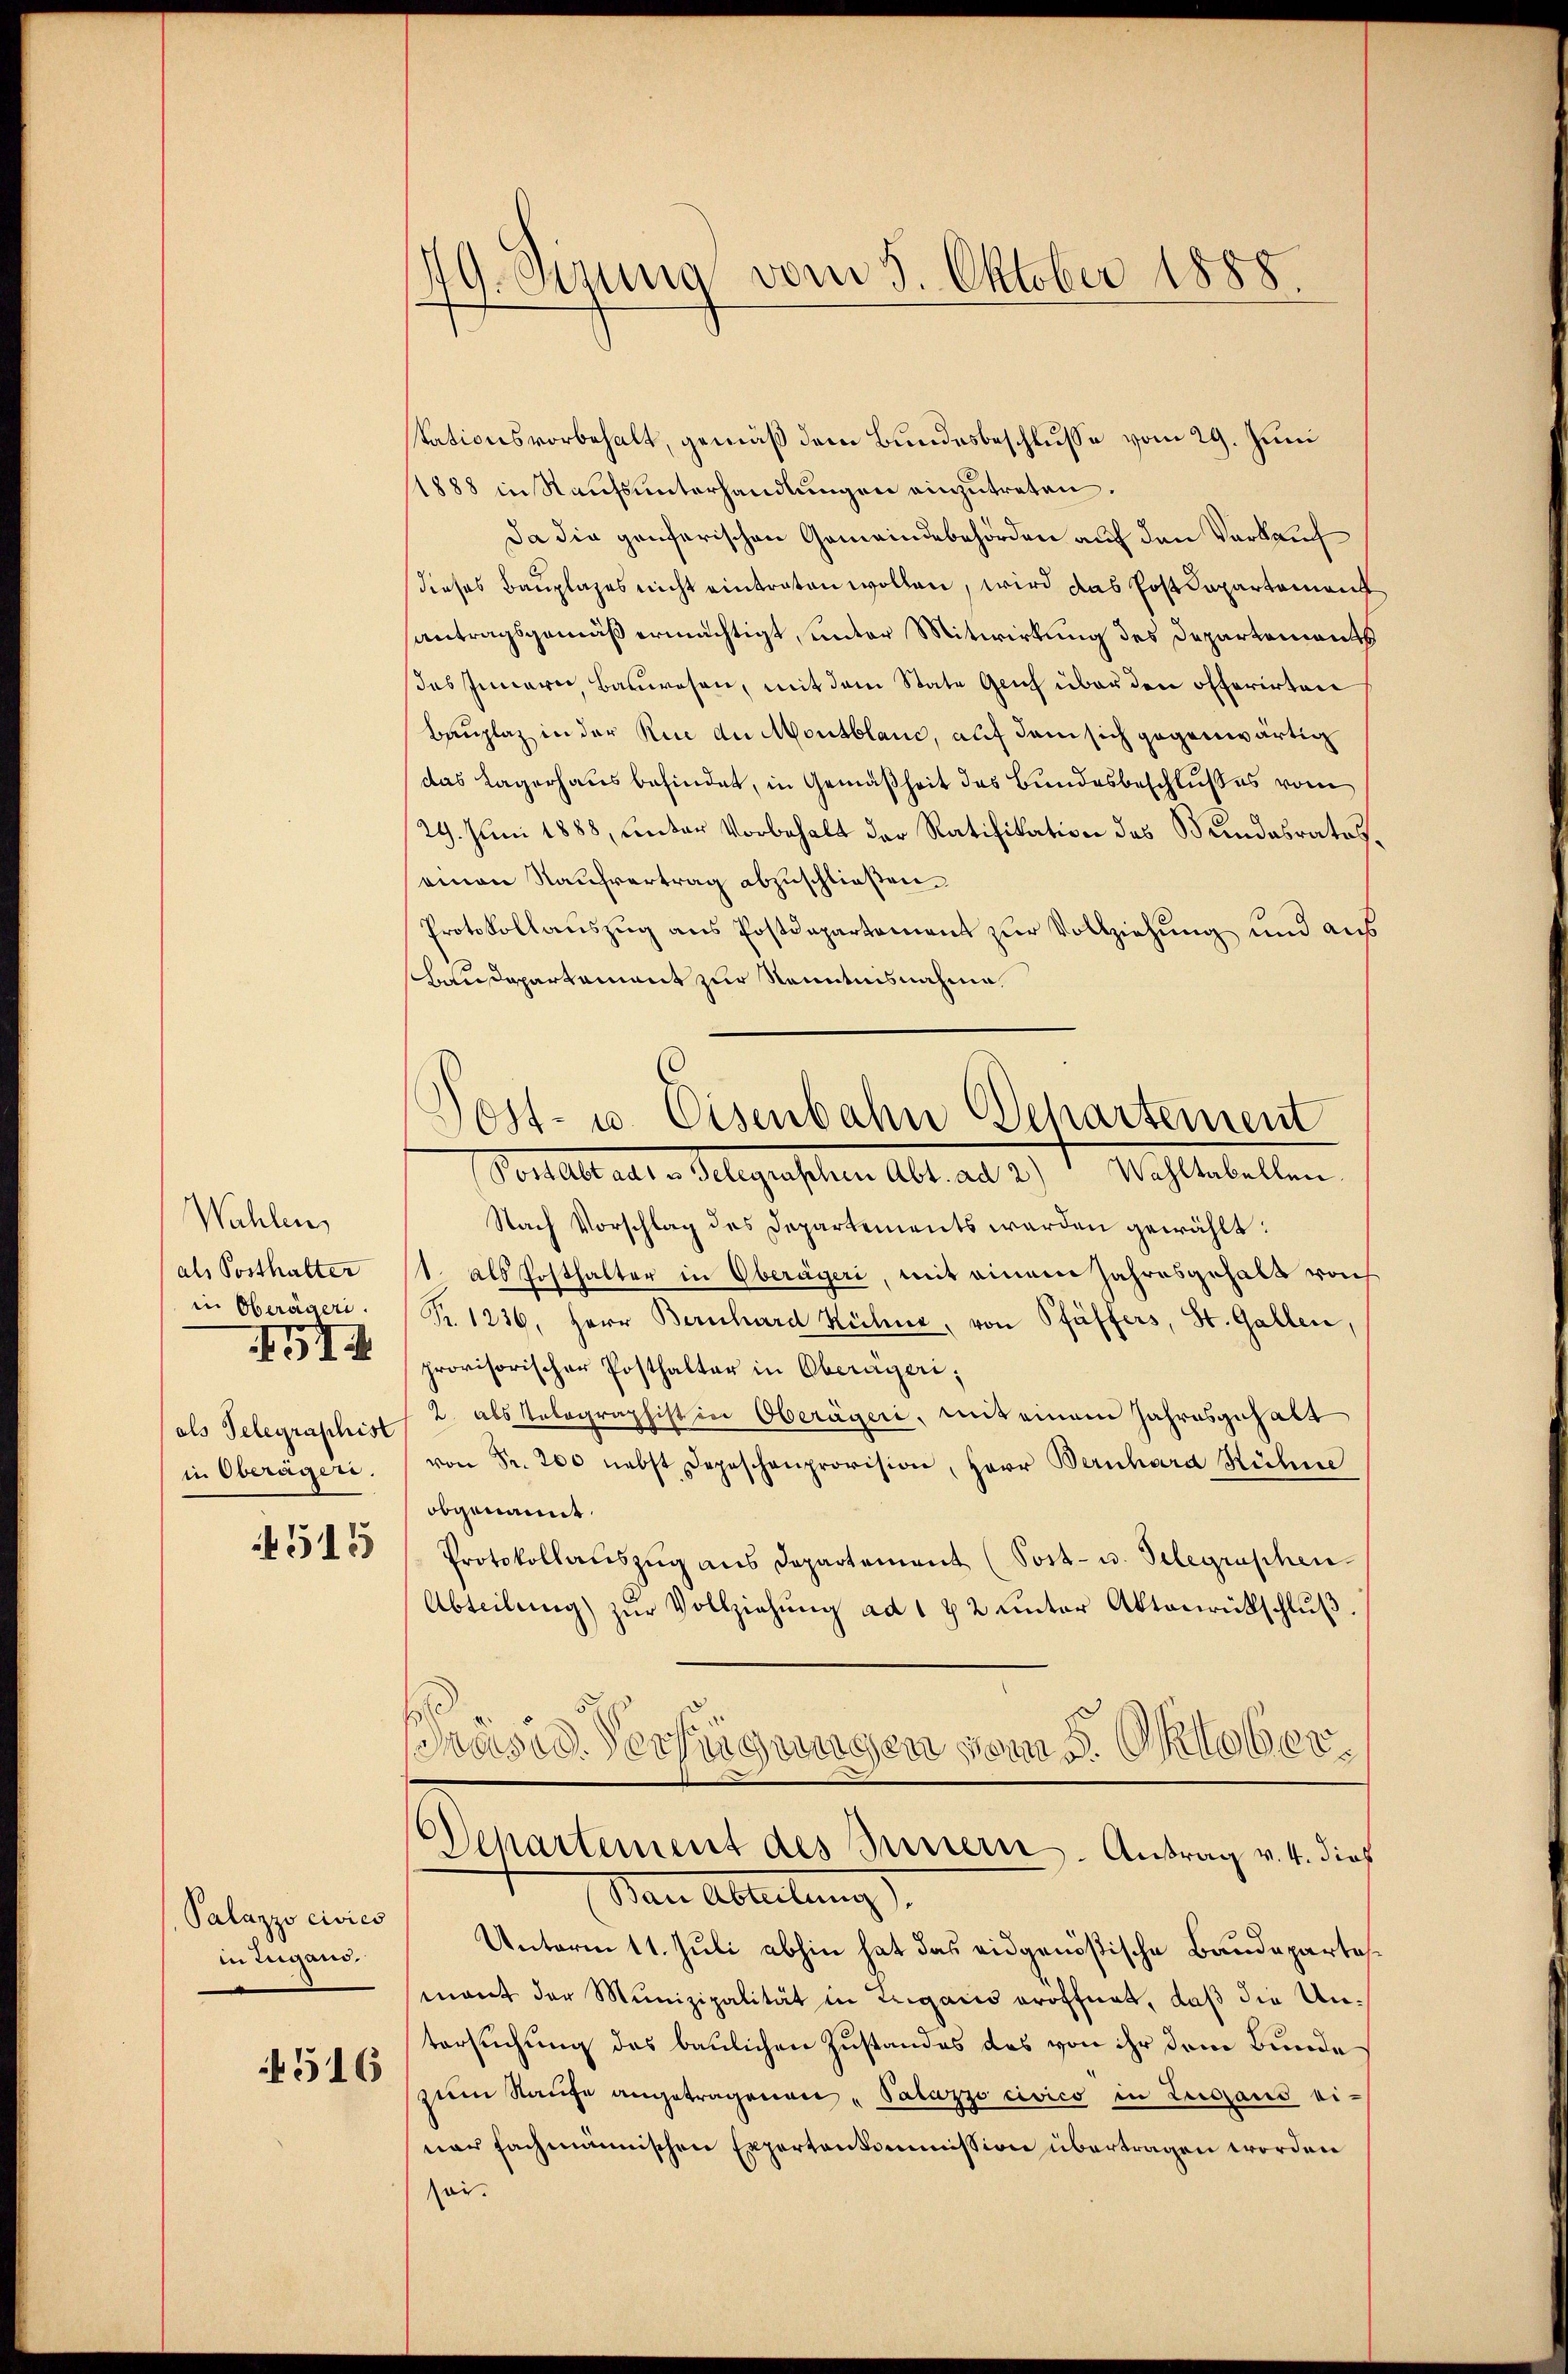
Wahlen,
als Posthalter
in Oberägeri.
als Telegraphist
in Oberagen.
4515

1

Palazzo civics
in Lugand.
4516

vom 5. Oktober 1888
49. Sizung

stationsvorbehalt, gemäß dem Bundesbeschlusse vom 29. Juni
11888 in Raufsunterhandlungen einzutreten.
Da die genfarischen Gemeindebehörden auf den Verkauf
dieses Bauplazes nicht eintraten wollen, wird das Postdepartement
antragsgemäß ermächtigt, unter Mitwirkung des Departements
des Innern, Bauwesen, mit dem State Geich über den offerirten
Bauplaz in der Rice an Montblanc, auf dem sich gegenwärtig
das Lagerhaus befindet, in Gemäßheit des Bundesbeschlußes vom
29. Juni 1888, unter Vorbehalt der Ratifikation des Bundesrateseinen Kaufvertrag abzuschließen.
Protokollauszug aus Postdepartement zur Vollziehung und aus
Laudepartement zur Kenntnisnahme
Nach Vorschlag des Departements werden gewählt:
1. als Posthalter in Oberägeri, mit einem Jahresgehalt von
Pr. 1236, Herr Bernhard Kühne, von Pfäffers, St. Gallen,
provisorischer Posthalter in Oberägeri,
2. als Telegraphist in Oberägeri, mit einem Jahresgehalt
von Fr. 200 nebst Depeschenprovision, Herr Bernhard Hühne
obgenannt.
Protokollauszug aus Departement (Post- u. Telegraphen
Abteilung) zŭr Vollziehŭng ad 172 unter Aktenrückschlŭβ

asid. Verfügungen vom 5. Oktober¬
Departement des Innern. Antrag v. 4. dieß
Wan Abteilung
Unterm 11. Juli abhin hat das eidgenößische Baudepartes
mant der Munizipalität in Zugano eröffnet, daß die Untersuchung des baulichen Zustandes das von ihr dem Bunde
zum Raŭfe angetragenen "Palazzo civico in Lugaus ei-
nar fachmannischen Expertenkommission übertragen worden
sei.

Post- u. Eisenbahn Behartement
Pentestalt u. legenschen Abt als 2. 1. Wohltabellen